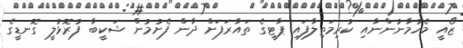
ޒޯއީ މެހުމާނުންނާއި ކުރިމަތިލާފައި ޕާޓީގެ ތައާރަފަށް ދާން ފެށުމުން ޝަކީބާ ފުރޮޅުލީ ގޮނޑީގެ